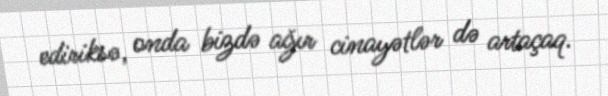
ediriksə, onda bizdə ağır cinayətlər də artaçaq.